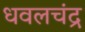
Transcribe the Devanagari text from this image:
धवलचंद्र